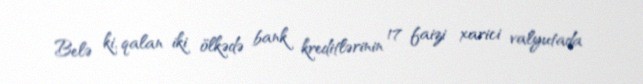
Belə ki, qalan iki ölkədə bank kreditlərinin 17 faizi xarici valyutada